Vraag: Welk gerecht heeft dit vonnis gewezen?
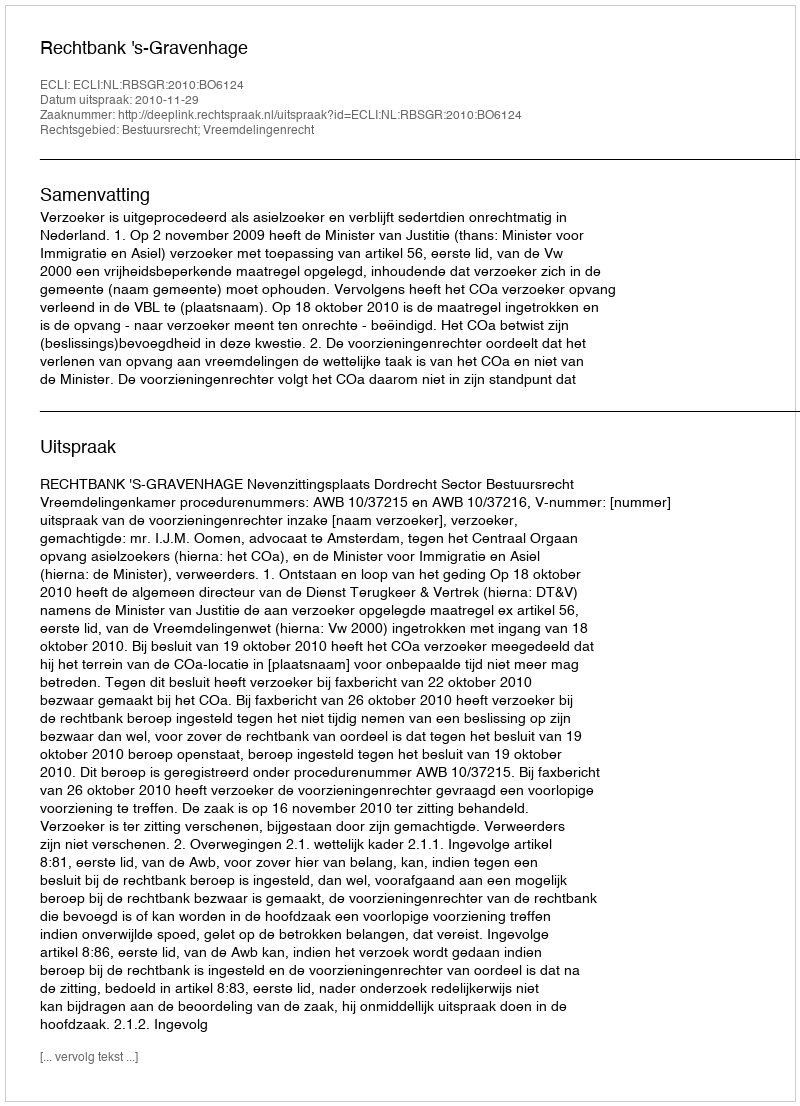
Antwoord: Rechtbank 's-Gravenhage